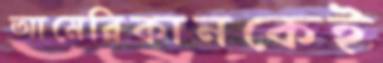
আমেরিকানকেই